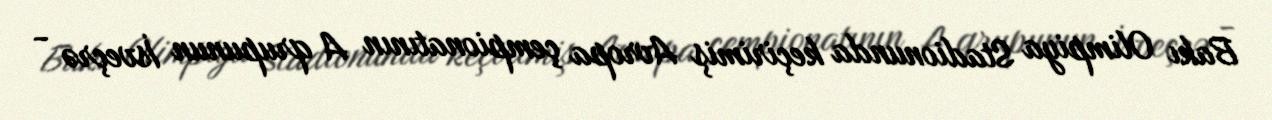
Bakı Olimpiya Stadionunda keçirimiş Avropa çempionatının A qrupunun İsveçrə -